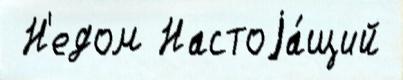
 Н'едом Настоjа́щий